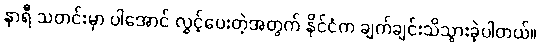
နာရီ သတင်းမှာ ပါအောင် လွှင့်ပေးတဲ့အတွက် နိုင်ငံက ချက်ချင်းသိသွားခဲ့ပါတယ်။